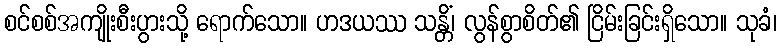
စင်စစ်အကျိုးစီးပွားသို့ ရောက်သော။ ဟဒယဿ သန္တိံ၊ လွန်စွာစိတ်၏ ငြိမ်းခြင်းရှိသော။ သုခံ၊